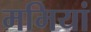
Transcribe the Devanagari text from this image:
ममियां